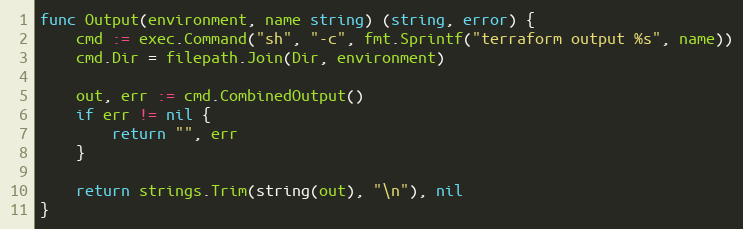
Language: Go
func Output(environment, name string) (string, error) {
	cmd := exec.Command("sh", "-c", fmt.Sprintf("terraform output %s", name))
	cmd.Dir = filepath.Join(Dir, environment)

	out, err := cmd.CombinedOutput()
	if err != nil {
		return "", err
	}

	return strings.Trim(string(out), "\n"), nil
}